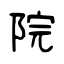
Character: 院